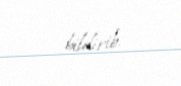
bildirib.